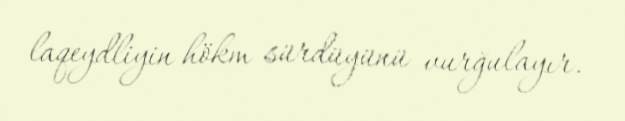
laqeydliyin hökm sürdüyünü vurğulayır.